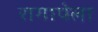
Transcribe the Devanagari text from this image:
रागापेला